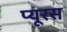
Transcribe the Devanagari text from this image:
प्यूरस